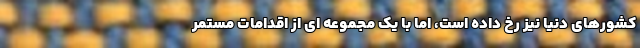
کشورهای دنیا نیز رخ داده است، اما با یک مجموعه ای از اقدامات مستمر